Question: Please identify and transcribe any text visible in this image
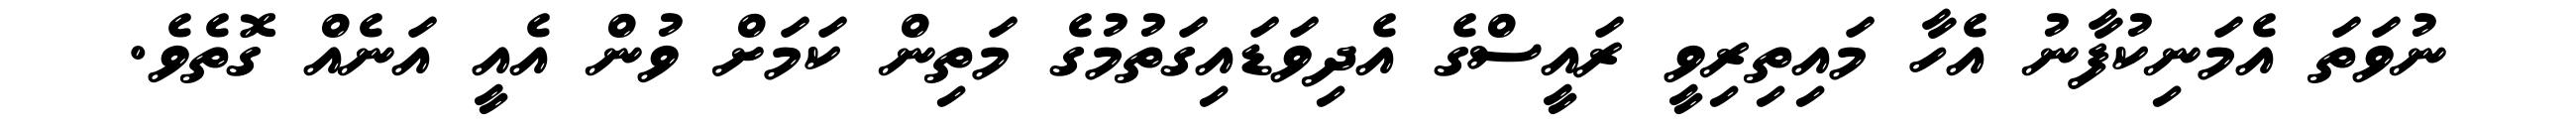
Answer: ނުވަތަ އެމަނިކުފާނު އެހާ މައިތިރިވީ ރައީސްގެ އެދިވަޑައިގަތުމުގެ މަތިން ކަމަށް ވުން އެއީ އަނެއް ގޮތެވެ.